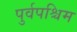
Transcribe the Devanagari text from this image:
पुर्वपश्चिम